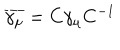
LaTeX: \overline { { { \gamma _ { \mu } } } } = C \gamma _ { \mu } C ^ { - 1 }